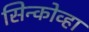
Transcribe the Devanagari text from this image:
सिन्कोव्हा